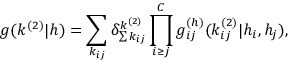
g ( k ^ { ( 2 ) } | h ) = \sum _ { k _ { i j } } \delta _ { \sum { k _ { i j } } } ^ { k ^ { ( 2 ) } } \prod _ { i \geq j } ^ { C } g _ { i j } ^ { ( h ) } ( k _ { i j } ^ { ( 2 ) } | h _ { i } , h _ { j } ) ,